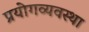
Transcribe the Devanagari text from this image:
प्रयोगव्यवस्था